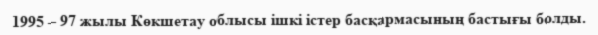
1995 – 97 жылы Көкшетау облысы ішкі істер басқармасының бастығы болды.